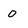
Character: 0